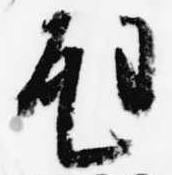
尫